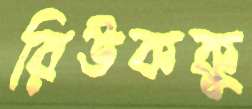
রিউককু